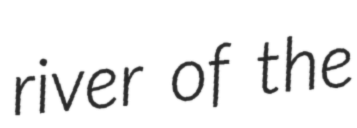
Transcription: river of the